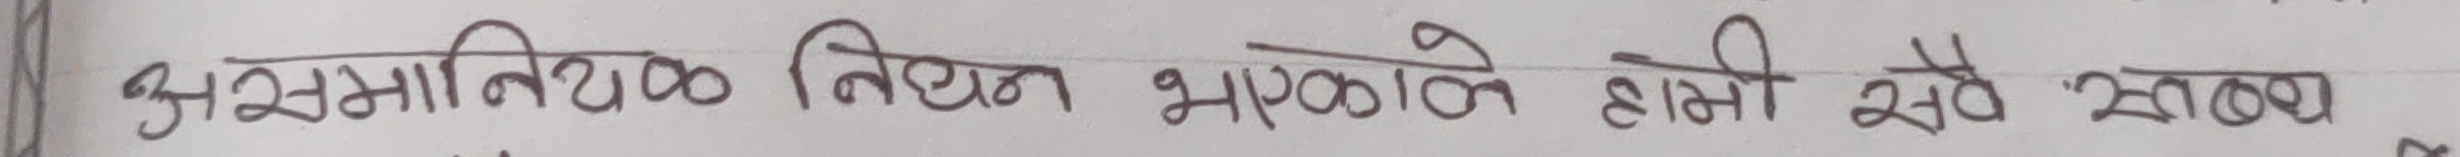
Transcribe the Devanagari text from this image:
असमातिरिक निधन भएकोले हामी सबै स्तब्ध